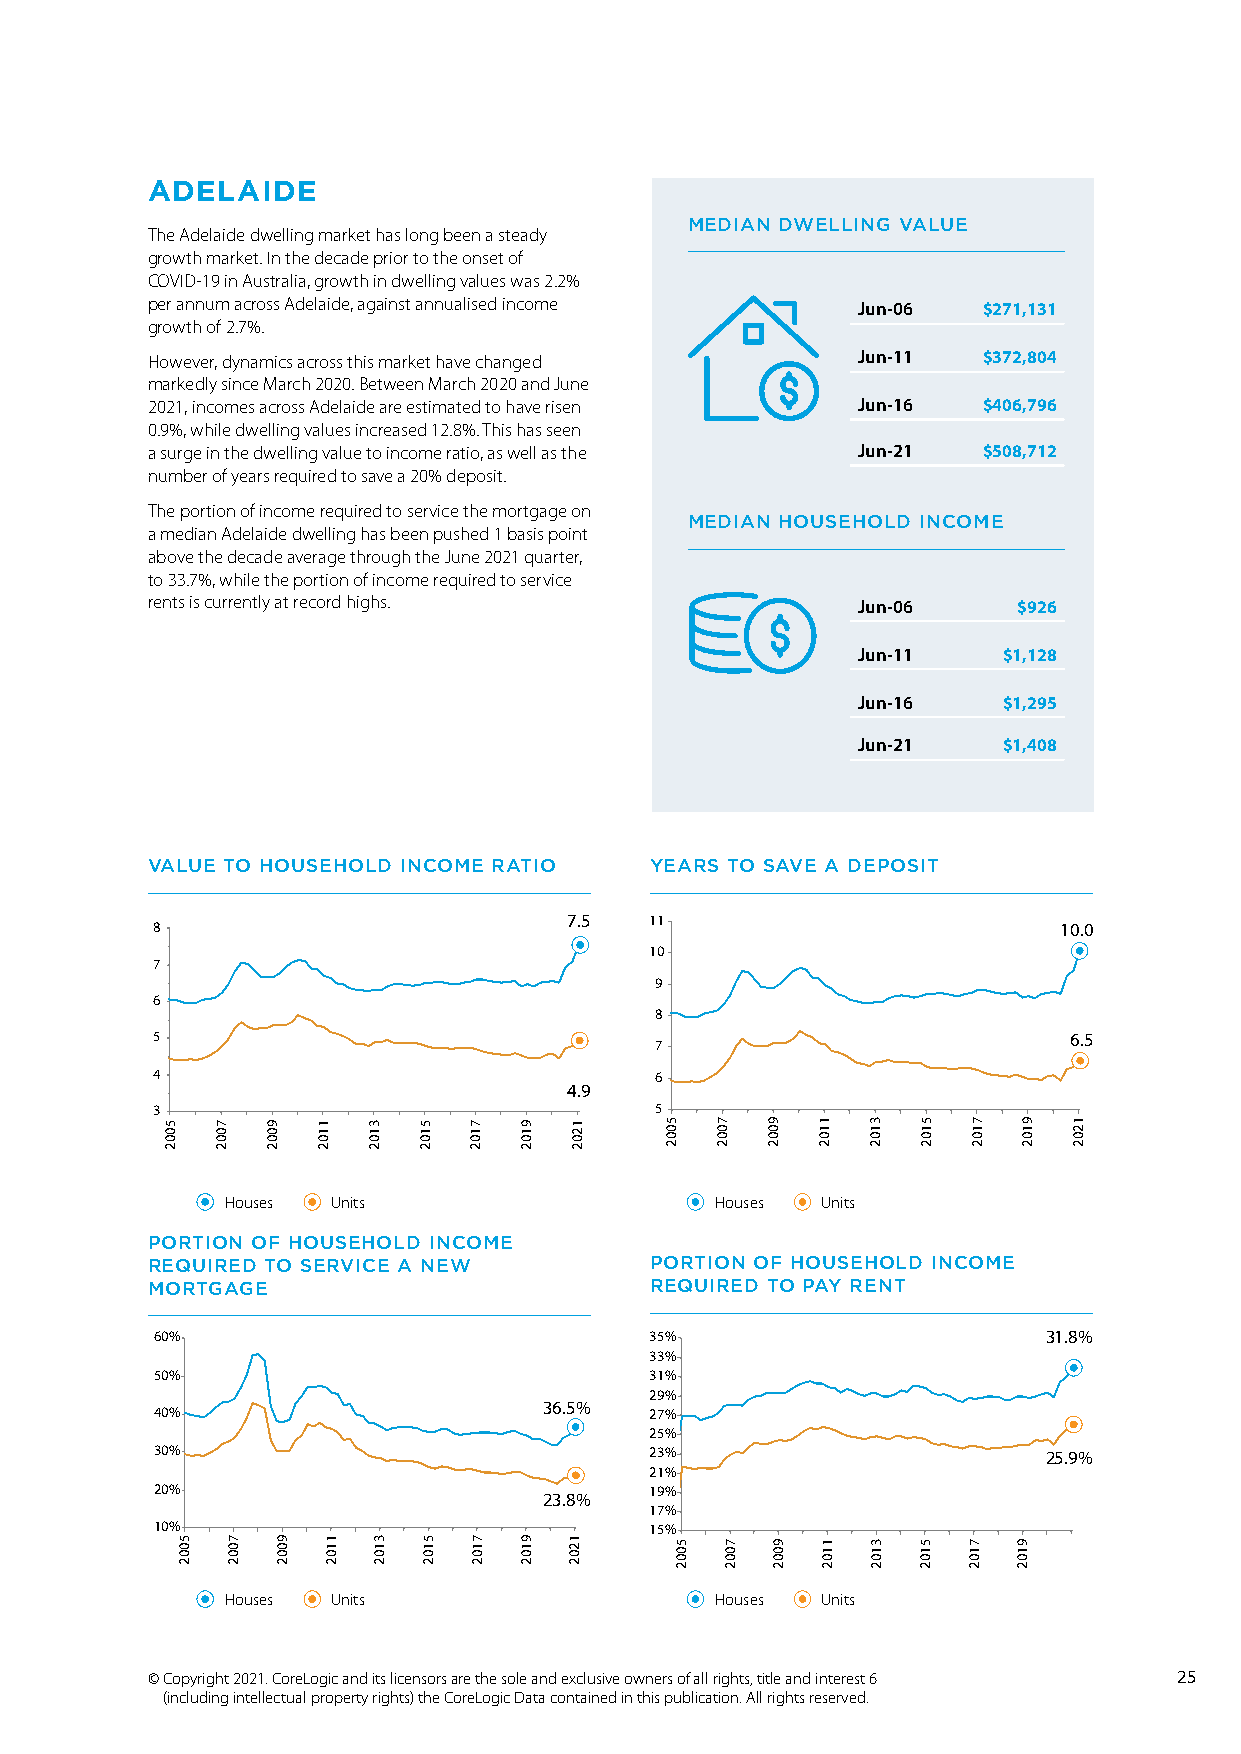
ADELAIDE
 MEDIAN DWELLING VALUE
 The Adelaide dwelling market has long been a steady
 growth market. In the decade prior to the onset of
 COVID-19 in Australia, growth in dwelling values was 2.2%
 per annum across Adelaide, against annualised income Jun-06 $271,131
 growth of 2.7%.
 However, dynamics across this market have changed Jun-11 $372,804
 markedly since March 2020. Between March 2020 and June
 2021, incomes across Adelaide are estimated to have risen Jun-16 $406,796
 0.9%, while dwelling values increased 12.8%. This has seen
 a surge in the dwelling value to income ratio, as well as the Jun-21 $508,712
 number of years required to save a 20% deposit.
 The portion of income required to service the mortgage on
 MEDIAN HOUSEHOLD INCOME
 a median Adelaide dwelling has been pushed 1 basis point
 above the decade average through the June 2021 quarter,
 to 33.7%, while the portion of income required to service
 rents is currently at record highs.            Jun-06    $926
 Jun-11   $1,128
 Jun-16   $1,295
 Jun-21   $1,408
 VALUE TO HOUSEHOLD INCOME RATIO  YEARS TO SAVE A DEPOSIT
 7.5  11
 8                                                           10.0
 10
 7
 9
 6
 8
 5                                                            6.5
 7
 4                                6
 4.9
 3                                5
 Houses Units                    Houses Units
 PORTION OF HOUSEHOLD INCOME
 REQUIRED TO SERVICE A NEW        PORTION OF HOUSEHOLD INCOME
 MORTGAGE                         REQUIRED TO PAY RENT
 60%                              35%                       31.8%
 33%
 50%                              31%
 29%
 36.5%
 40%                              27%
 25%
 30%                              23%                       25.9%
 21%
 20%                              19%
 23.8%
 17%
 10%                              15%
 Houses Units                    Houses Units
 © Copyright 2021. CoreLogic and its licensors are the sole and exclusive owners of all rights, title and interest 6 25
 (including intellectual property rights) the CoreLogic Data contained in this publication. All rights reserved.
 5002
 5002
 7002
 7002
 9002
 9002
 1102
 1102
 3102
 3102
 5102
 5102
 7102
 7102
 9102
 9102
 1202
 1202
 5002
 5002
 7002
 7002
 9002
 9002
 1102
 1102
 3102
 3102
 5102
 5102
 7102
 7102
 9102
 9102
 1202